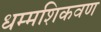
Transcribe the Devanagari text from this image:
धम्मशिकवण